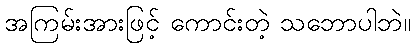
အကြမ်းအားဖြင့် ကောင်းတဲ့ သဘောပါဘဲ။